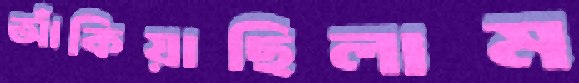
আঁকিয়াছিলাম